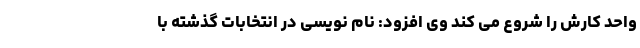
واحد کارش را شروع می کند وی افزود: نام نویسی در انتخابات گذشته با